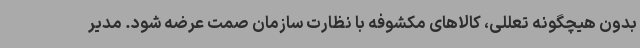
بدون هیچگونه تعللی، کالاهای مکشوفه با نظارت سازمان صمت عرضه شود. مدیر